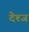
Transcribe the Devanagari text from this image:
देश्ज